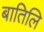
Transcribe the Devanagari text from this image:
बातिलि